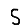
Digit: 5